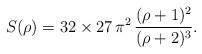
LaTeX: \begin{align*}S(\rho)=32 \times 27\,\pi^2\,\frac{(\rho+1)^2}{(\rho+2)^3}.\end{align*}